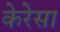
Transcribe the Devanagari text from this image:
केरेसा